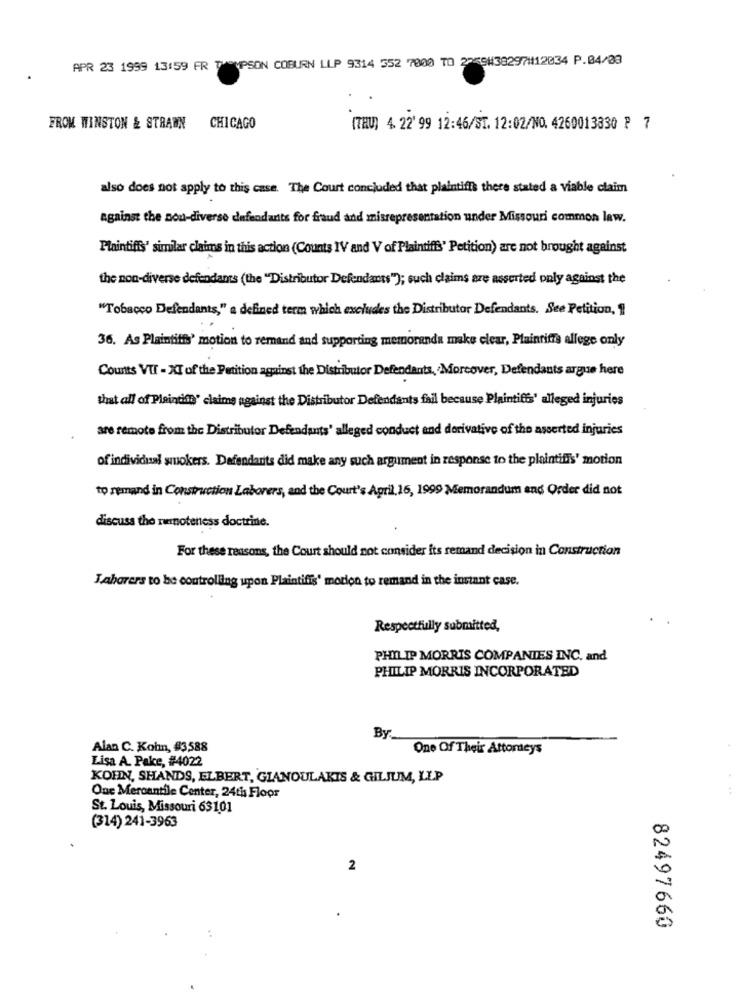
APR 23 1999 13:59 FR THOMPSON COBURN LLP 9314 552 7000 TO 2739#38297#12034 P.04/08
FROM WINSTON & STRAWN CHICAGO
(TEU) 4. 22' 99 12:46/ST. 12:02/NO. 4260013830 } 7
also does not apply to this case. The Court concluded that plaintiffs there stated a viable claim
against the nou-diverse defendants for fraud and misrepresentation under Missouri common law.
Plaintiffs' similar claims in this action (Counts IV and V of Plaintiffs' Petition) are not brought against
the non-diverse defendants (the "Distributor Defendants"); such claims are asserted only against the
"Tobacco Defendants," a defined term which excludes the Distributor Defendants. See Petition, 1
36. As Plaintiffs' motion to remand and supporting memoranda make clear, Plaintiffs allege only
Counts VII - XI of the Petition against the Distributor Defendants, Morcover, Defendants argue here
that all of Plaintiff' claims against the Distributor Defendants fail because Plaintiffs' alleged injuries
are remote from the Distributor Defendants' alleged conduct and derivative of the asserted injuries
of individual smokers. Defendants did make any such argument in response to the plaintiffs' motion
to remand in Construction Laborers, and the Court's April.16, 1999 Memorandum and Order did not
discuss the remoteness doctrine.
For these reasons, the Court should not consider its remand decision in Construction
Laborers to be controlling upon Plaintiffs' motion to remand in the instant case.
Respectfully submitted,
PHILIP MORRIS COMPANIES INC. and
PHILIP MORRIS INCORPORATED
By
Alan C. Kohn, #3588
One Of Their Attorneys
Lisa A. Pake, #4022
KOHN, SHANDS, ELBERT, GIANOULAKIS & GILJUM, LLP
One Mercantile Center, 24th Floor
St. Louis, Missouri 63101
(314) 241-3963
2
82497660